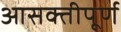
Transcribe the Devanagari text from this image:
आसक्तीपूर्ण